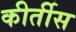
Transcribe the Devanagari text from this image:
कीर्तीस